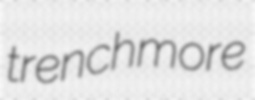
trenchmore